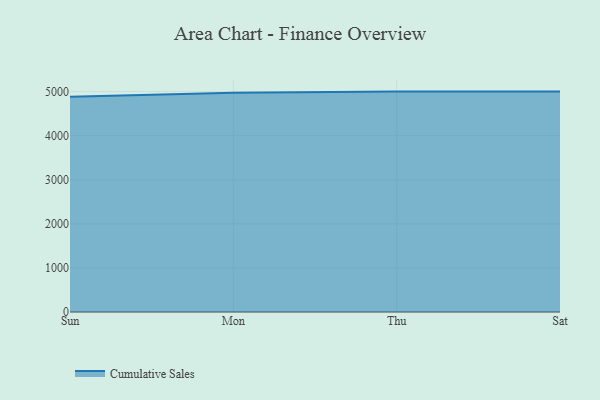
{"axis": {"x": "Day", "y": "Latency (ms)"}, "legend": ["Cumulative Sales"], "data": [{"x": "Sun", "y": 4881.5, "type": "Cumulative Sales"}, {"x": "Mon", "y": 4971.6, "type": "Cumulative Sales"}, {"x": "Thu", "y": 5000, "type": "Cumulative Sales"}, {"x": "Sat", "y": 5000, "type": "Cumulative Sales"}]}